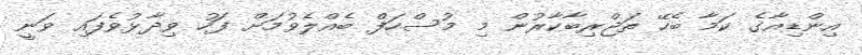
އިންޑިއާގެ ކަމާ ބެހޭ ތަޖްރިބާކާރުން މި މުސްހަފް ބެއްލެވުމަށް ފަހު ވިދާޅުވެފައި ވަނީ